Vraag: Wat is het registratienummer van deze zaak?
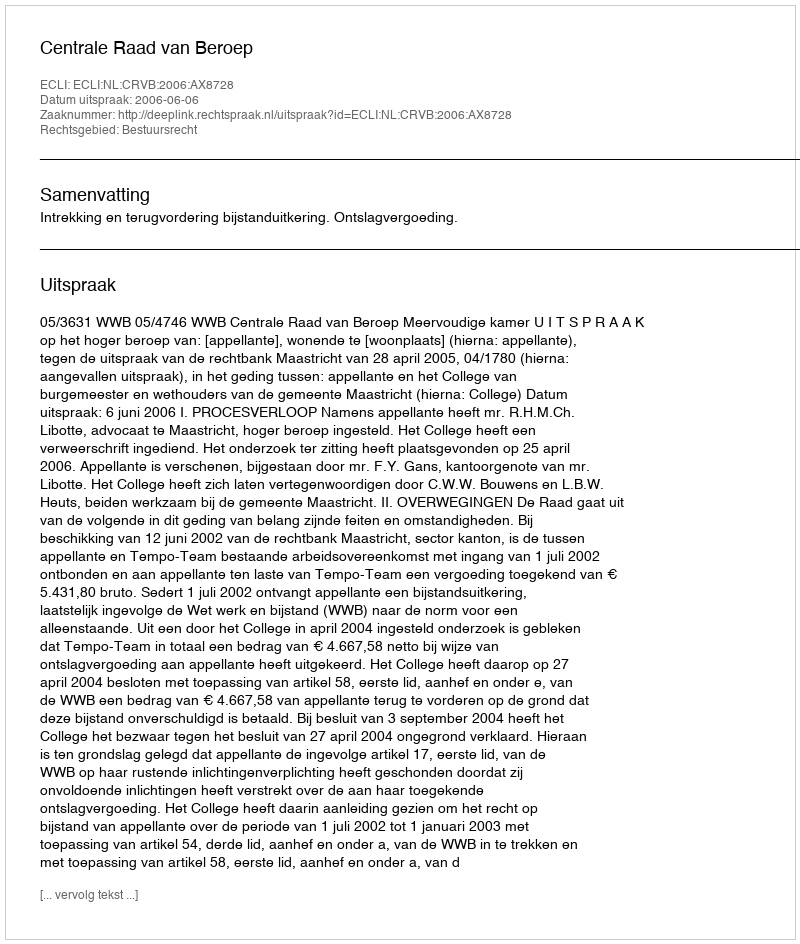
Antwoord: http://deeplink.rechtspraak.nl/uitspraak?id=ECLI:NL:CRVB:2006:AX8728